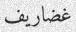
غضاريف